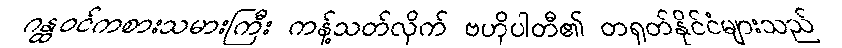
ဂန္ထဝင်ကစားသမားကြီး ကန့်သတ်လိုက် ဗဟိုပါတီ၏ တရုတ်နိုင်ငံများသည်